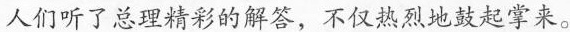
人们听了总理精彩的解答，不仅热烈地鼓起掌来。